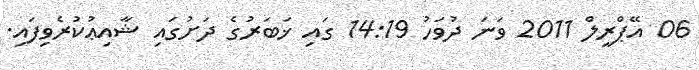
06 އޭޕްރީލް 2011 ވަނަ ދުވަހު 14:19 ގައި ޚަބަރުގެ ދަށުގައި ޝާއިޢުކުރެވިފައި.